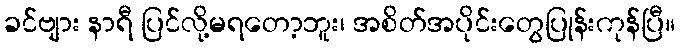
ခင်ဗျား နာရီ ပြင်လို့မရတော့ဘူး၊ အစိတ်အပိုင်းတွေပြုန်းကုန်ပြီ။